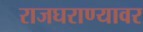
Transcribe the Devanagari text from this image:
राजघराण्यावर